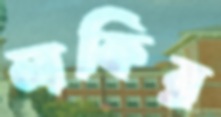
লকির